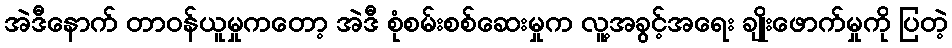
အဲဒီနောက် တာဝန်ယူမှုကတော့ အဲဒီ စုံစမ်းစစ်ဆေးမှုက လူ့အခွင့်အရေး ချိုးဖောက်မှုကို ပြတဲ့